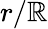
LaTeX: r/\mathbb{R}